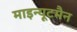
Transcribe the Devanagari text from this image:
माइन्यूटमैन